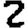
Digit: 2